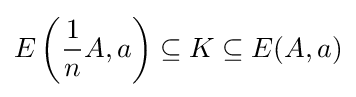
E\left({\frac {1}{n}}A,a\right)\subseteq K\subseteq E(A,a)